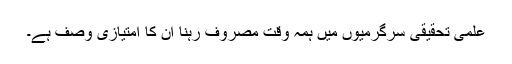
علمی تحقیقی سرگرمیوں میں ہمہ وقت مصروف رہنا اُن کا امتیازی وصف ہے۔